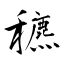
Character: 穮